Annual report on the Civil Veterinary Department, Burma (including the Insein Veterinary School) - 1932-1941
Year: 1932
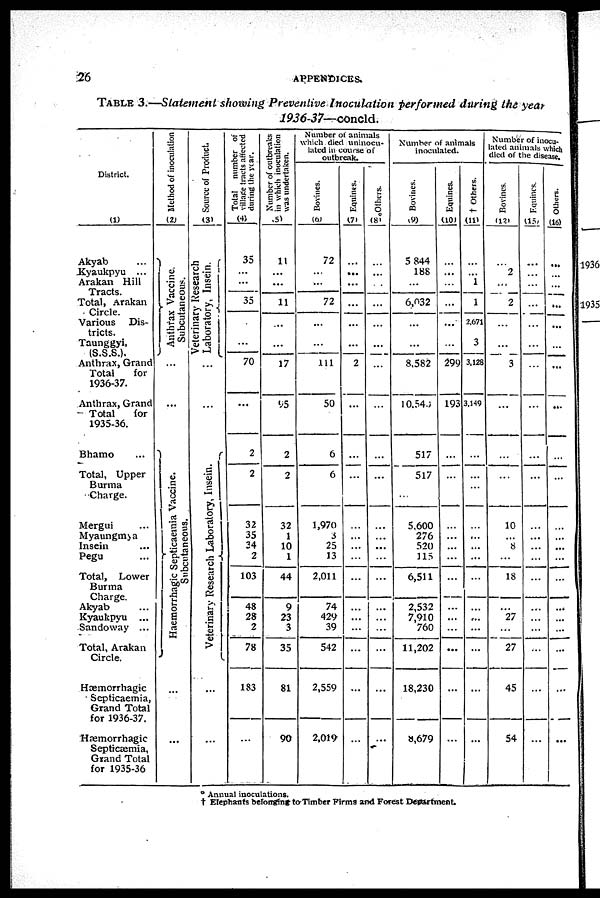
26
APPENDICES.
TABLE 3.—Statement showing Preventive
Inoculation
performed
daring the year
1936-37— concld.
District.
(1)
Akyab ...
Kyaukpyu ...
Arakan Hill
Tracts.
Total, Arakan
Circle.
Various Dis-
tricts.
Taunggyi,
(S.S.S.).
Anthrax, Grand
Total
for
1936-37.
Anthrax, Grand
Total
for
1935-36.
Bhamo ...
Total, Upper
Burma
Charge.
Mergui ...
Myaungmya
Insein ...
Pegu ...
Total, Lower
Burma
Charge.
Akyab ...
Kyaukpyu ...
Sandoway ...
Total, Arakan
Circle.
Hæmorrhagic
Septicaemia,
Grand Total
for 1936-37.
Hæmorrhagic
Septicæmia,
Grand Total
for 1935-36
Method of inoculation
(2)
Anthrax Vaccine.
Subcutaneous.
...
...
Ha e mor r
ha gic Septicaemia Vaccine.
Subc uta ne ous .
...
...
Source of Product.
(3)
Veterinary Research
Laboratory, Insein.
...
...
Veterinary Re s e a r
c h Laboratory, Insein
...
...
Total number of
village tracts affected
during the year.
(4)
35
...
...
35
.
...
70
...
2
2
32
35
34
2
103
48
28
2
78
183
...
Number of outbreaks
in which inoculation
was undertaken.
(5)
11
...
...
11
...
...
17
95
2
9
32
1
10
1
44
9
23
3
35
81
90
Number of animals
which died uninocu-
lated in course of
outbreak.
Bovines.
(6)
72
...
...
72
...
...
111
50
6
6
1,970
3
25
13
2,011
74
429
39
542
2,559
2,019
Equines.
(7)
...
...
...
...
...
...
2
...
...
...
...
...
...
...
...
...
...
...
...
...
...
Others.
(8)
...
...
...
...
...
...
...
...
...
...
...
...
...
...
...
...
...
...
...
...
...
Number of animals
inoculated.
Bovines.
(9)
5 844
188
...
6,032
...
...
8,582
10,540
517
517
5,600
276
520
115
6,511
2,532
7,910
760
11,202
18,230
8,679
Equines.
(10)
...
...
...
...
...
...
299
193
...
...
...
...
...
...
...
...
...
...
...
...
...
† Others.
(11)
...
...
1
1
2,671
3
3,128
3,149
...
...
...
...
...
...
...
...
...
...
...
...
...
...
Number of inocu-
lated animals which
died of the disease.
Bovines.
(12)
...
2
...
2
...
...
3
...
...
...
10
...
8
...
18
...
27
...
27
45
54
Equines.
(15)
...
...
...
...
...
...
...
...
...
...
...
...
...
...
...
...
...
...
...
...
Others.
(16)
...
...
...
...
...
...
...
...
...
...
...
...
...
...
...
...
...
...
...
- —
...
* Annual inoculations.
† Elephants belonging to Timber Firms and Forest Department.